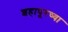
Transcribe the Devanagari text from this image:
शहापूरच्या